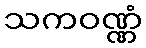
သကဝဏ္ဏံ